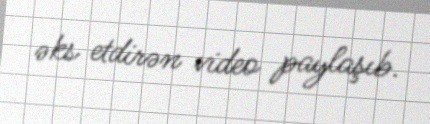
əks etdirən video paylaşıb.